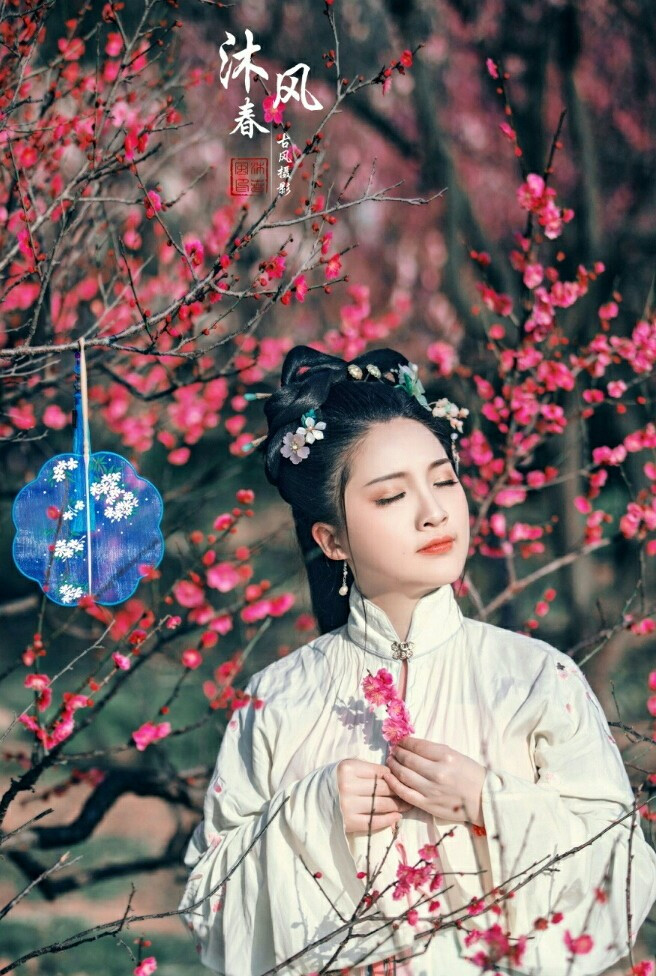
摇荡春风媚春日，念尔零落逐风飚，徒有霜华无霜质。